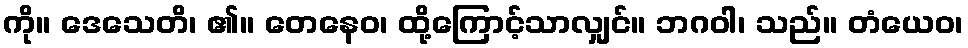
ကို။ ဒေသေတိ၊ ၏။ တေနေဝ၊ ထို့ကြောင့်သာလျှင်။ ဘဂဝါ၊ သည်။ တံယေဝ၊